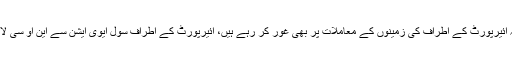
ڈی جی نیب نے کہا کہ ائیرپورٹ کے اطراف کی زمینوں کے معاملات پر بھی غور کر رہے ہیں، ائیرپورٹ کے اطراف سول ایوی ایشن سے این او سی لازمی قرار دی گئی ہے۔